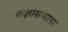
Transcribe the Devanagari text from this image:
कक्षासनाला